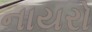
નાયરો